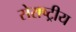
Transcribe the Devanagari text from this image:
सेराष्ट्रीय